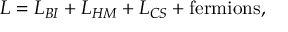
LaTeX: L = L _ { B I } + L _ { H M } + L _ { C S } + \mathrm { f e r m i o n s } ,